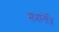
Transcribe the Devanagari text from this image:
सभानेत्रि